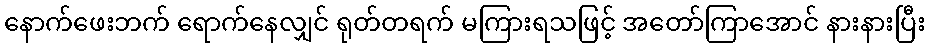
နောက်ဖေးဘက် ရောက်နေလျှင် ရုတ်တရက် မကြားရသဖြင့် အတော်ကြာအောင် နားနားပြီး